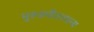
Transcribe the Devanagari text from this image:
मुरुडगौडनपल्य